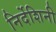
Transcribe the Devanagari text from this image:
निर्देशिनी